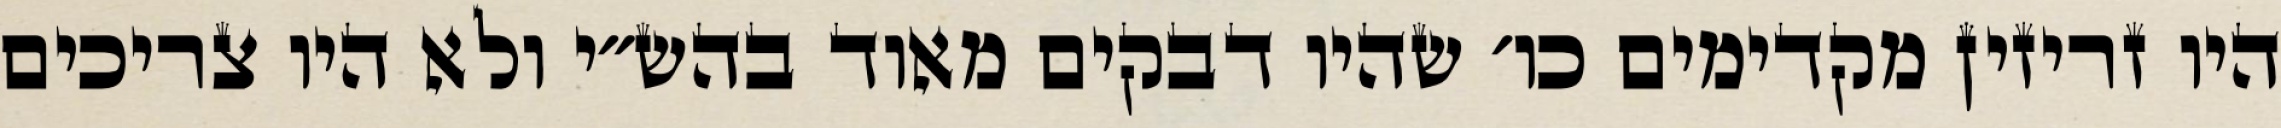
היו זריזין מקדימים כו׳ שהיו דבקים מאוד בהש״י ולא היו צריכים